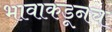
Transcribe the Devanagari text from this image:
भावाकडूनच